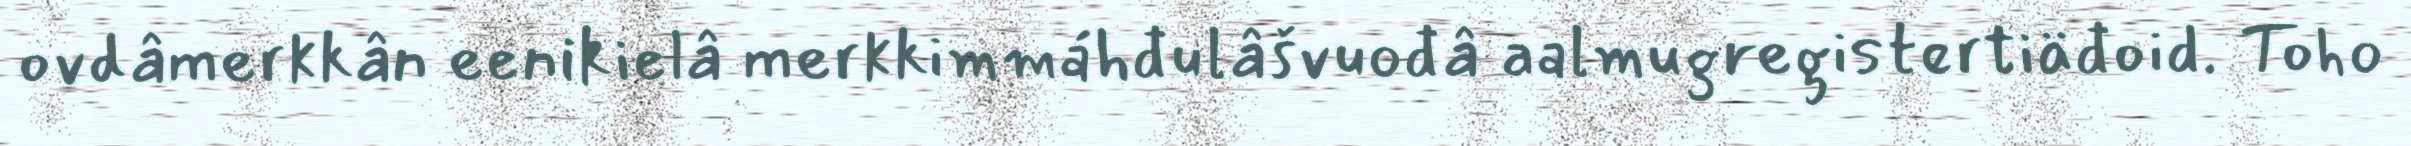
ovdâmerkkân eenikielâ merkkimmáhđulâšvuođâ aalmugregistertiäđoid. Toho